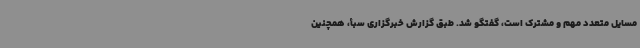
مسایل متعدد مهم و مشترک است، گفتگو شد. طبق گزارش خبرگزاری سبأ، همچنین